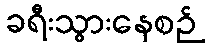
ခရီးသွားနေစဉ်